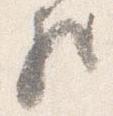
歟